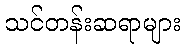
သင်တန်းဆရာများ